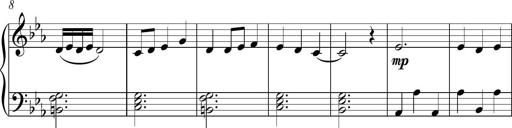
Title: Piano Sonatina in C
Composer: Daniel LÃ©o Simpson
Key: C major